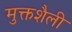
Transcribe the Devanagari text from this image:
मुक्तशैली